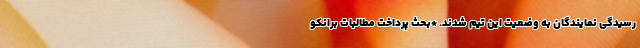
رسیدگی نمایندگان به وضعیت این تیم شدند. *بحث پرداخت مطالبات برانکو